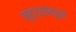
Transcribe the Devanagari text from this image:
मुद्द्यांवरुन